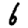
Digit: 6